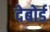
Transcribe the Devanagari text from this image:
देबोर्ड